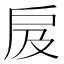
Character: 㧀